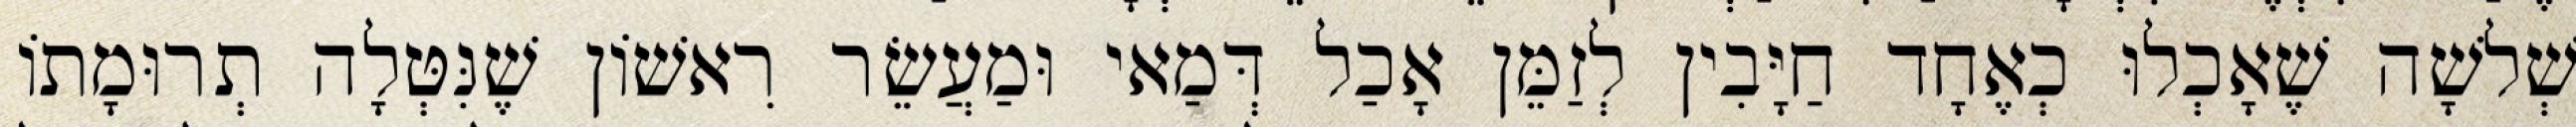
שְׁלשָׁה שֶׁאָכְלוּ כְאֶחָד חַיָּבִין לְזַמֵּן אָכַל דְּמַאי וּמַעֲשֵׂר רִאשׁוֹן שֶׁנִּטְּלָה תְרוּמָתוֹ